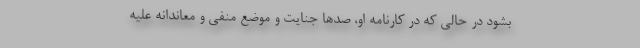
بشود در حالی که در کارنامه او، صدها جنایت و موضع منفی و معاندانه علیه